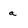
Character: a